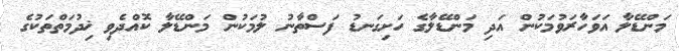
މަންޑޭލާ އަވަހާރަވުމަކުން އަދި މަންޑޭލާގެ ހަށިގަނޑު ފަސްތާނު ލުމަކުން މަންޑޭލާ ކޮއްދެވި ޚިދުމަތްތަކުގެ